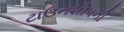
ટાઉનશીપની